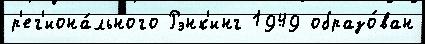
р'ег'иона́льного Рэнк'инг 1949 образо́ван